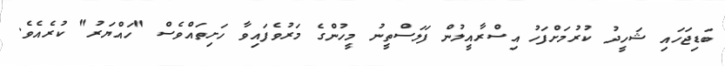
ބަޑިޖަހައި ޝަހީދު ކުރުމަށްފަހު އިސްރާއީލުން ފަލަސްތީނު މީހުންގެ މަރުވެފައިވާ ހަށިތައްވެސް "ހައްޔަރު" ކުރެއެވެ.